Sketch of the medical history of the native army of Bombay, for the year
Year: 1875
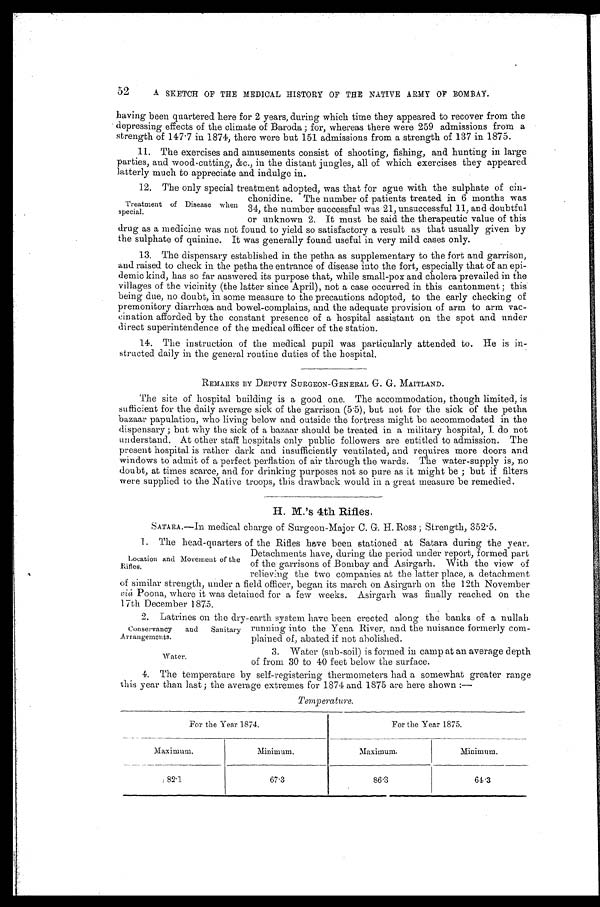
Conservancy
and Sanitary Arrangements.
Water.
52
A SKETCH OF THE MEDICAL HISTORY OF THE NATIVE ARMY OF BOMBAY.
having been quartered here for 2 years, during which time they appeared to recover from the
depressing effects of the climate of Baroda; for, whereas there were 259 admissions from a
strength of 147.7 in 1874, there were but 151 admissions from a strength of 137 in 1875.
11. The exercises and amusements consist of shooting, fishing, and hunting in large
parties, and wood-cutting, &c., in the distant jungles, all of which exercises they appeared
latterly much to appreciate and indulge in.
12. The only special treatment adopted, was that for ague with the sulphate of
cin-chonidine. The number of patients treated in 6 months was
34, the number successful was 21, unsuccessful 11, and doubtful
or unknown 2. It must be said the therapeutic value of this
drug as a medicine was not found to yield so satisfactory a result as that usually given by
the sulphate of quinine. It was generally found useful in very mild cases only.
13. The dispensary established in the petha as supplementary to the fort and garrison,
and raised to check in the petha the entrance of disease into the fort, especially that of an epi--
demic kind, has so far answered its purpose that, while small-pox and cholera prevailed in the
villages of the vicinity (the latter since April), not a case occurred in this cantonment; this
being due, no doubt, in some measure to the precautions adopted, to the early checking of
premonitory diarrhœa and bowel-complains, and the adequate provision of arm to arm vac-
-cination afforded by the constant presence of a hospital assistant on the spot and under
direct superintendence of the medical officer of the station.
14. The instruction of the medical pupil was particularly attended to. He is in
-structed daily in the general routine duties of the hospital.
REMARKS BY DEPUTY SURGEON-GENERAL G. G. MAITLAND.
The site of hospital building is a good one. The accommodation, though limited, is
sufficient for the daily average sick of the garrison (5.5), but not for the sick of the petha
bazaar papulation, who living below and outside the fortress might be accommodated in the
dispensary; but why the sick of a bazaar should be treated in a military hospital, I do not
understand. At other staff hospitals only public followers are entitled to admission. The
present hospital is rather dark and insufficiently ventilated, and requires more doors and
windows to admit of a perfect perflation of air through the wards. The water-supply is, no
doubt, at times scarce, and for drinking purposes not so pure as it might be; but if filters
were supplied to the Native troops, this drawback would in a great measure be remedied.
H. M.'s 4th Rifles.
S A T A R A . — I n m e d i c a l c h a r g e o f S u r g e o n - M a j o r C . G . H . R o s s ; S t r e n g t h , 3 5 2 . 5 .
1. The head-quarters of the Rifles have been stationed at Satara during the year.
Detachments have, during the period under report, formed part
of the garrisons of Bombay and Asirgarh. With the view of
relieving the two companies at the latter place, a detachment
of similar strength, under a field officer, began its march on Asirgarh on the 12th November
viâ Poona, where it was detained for a few weeks. Asirgarh was finally reached on the
17th December 1875.
2. Latrines on the dry-earth system have been erected along the banks of a nullah
running into the Yena River, and the nuisance formerly com-
-plained of, abated if not abolished.
3. Water (sub-soil) is formed in camp at an average depth
of from 30 to 40 feet below the surface.
4. The temperature by self-registering thermometers had a somewhat greater range
this year than last; the average extremes for 1874 and 1875 are here shown:—
Temperature.
For the Year 1874.
For the Year 1875.
Maximum.
Minimum.
Maximum.
Minimum.
82.1
67.3
86.3
64.3
Treatment of Disease when
special.
Location and Movement of the
Rifles.